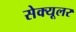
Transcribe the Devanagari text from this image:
सेक्यूलर